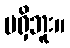
မရှိဘူး။